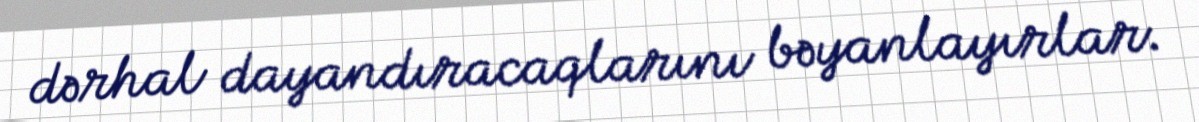
dərhal dayandıracaqlarını bəyanlayırlar.